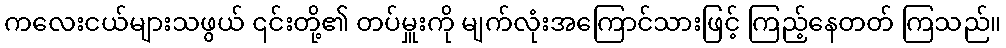
ကလေးငယ်များသဖွယ် ၎င်းတို့၏ တပ်မှူးကို မျက်လုံးအကြောင်သားဖြင့် ကြည့်နေတတ် ကြသည်။